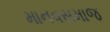
માનવસમાજ